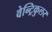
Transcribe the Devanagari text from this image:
वेन्ट्रिकुलर